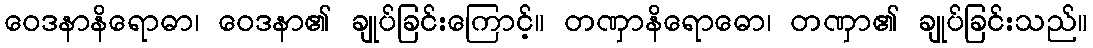
ဝေဒနာနိရောဓာ၊ ဝေဒနာ၏ ချုပ်ခြင်းကြောင့်။ တဏှာနိရောဓော၊ တဏှာ၏ ချုပ်ခြင်းသည်။